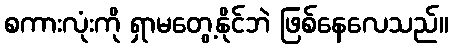
စကားလုံးကို ရှာမတွေ့နိုင်ဘဲ ဖြစ်နေလေသည်။